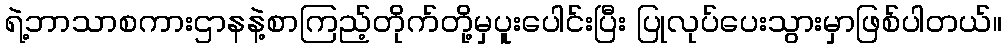
ရဲ့ဘာသာစကားဌာနနဲ့စာကြည့်တိုက်တို့မှပူးပေါင်းပြီး ပြုလုပ်ပေးသွားမှာဖြစ်ပါတယ်။